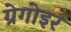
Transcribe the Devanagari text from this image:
ग्रेगोइर